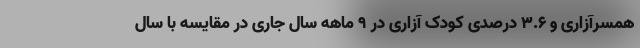
همسرآزاری و ۳.۶ درصدی کودک آزاری در ۹ ماهه سال جاری در مقایسه با سال